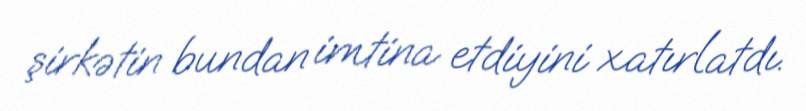
şirkətin bundan imtina etdiyini xatırlatdı.